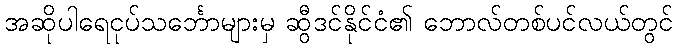
အဆိုပါရေငုပ်သင်္ဘောများမှ ဆွီဒင်နိုင်ငံ၏ ဘောလ်တစ်ပင်လယ်တွင်